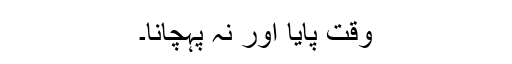
وقت پایا اور نہ پہچانا۔